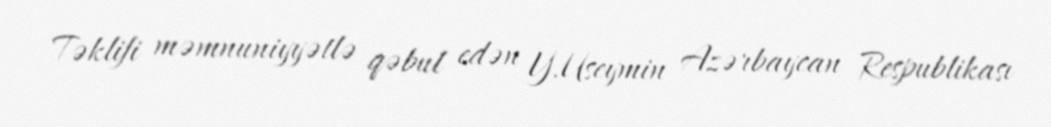
Təklifi məmnuniyyətlə qəbul edən Y.Useymin Azərbaycan Respublikası